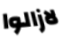
لازالوا